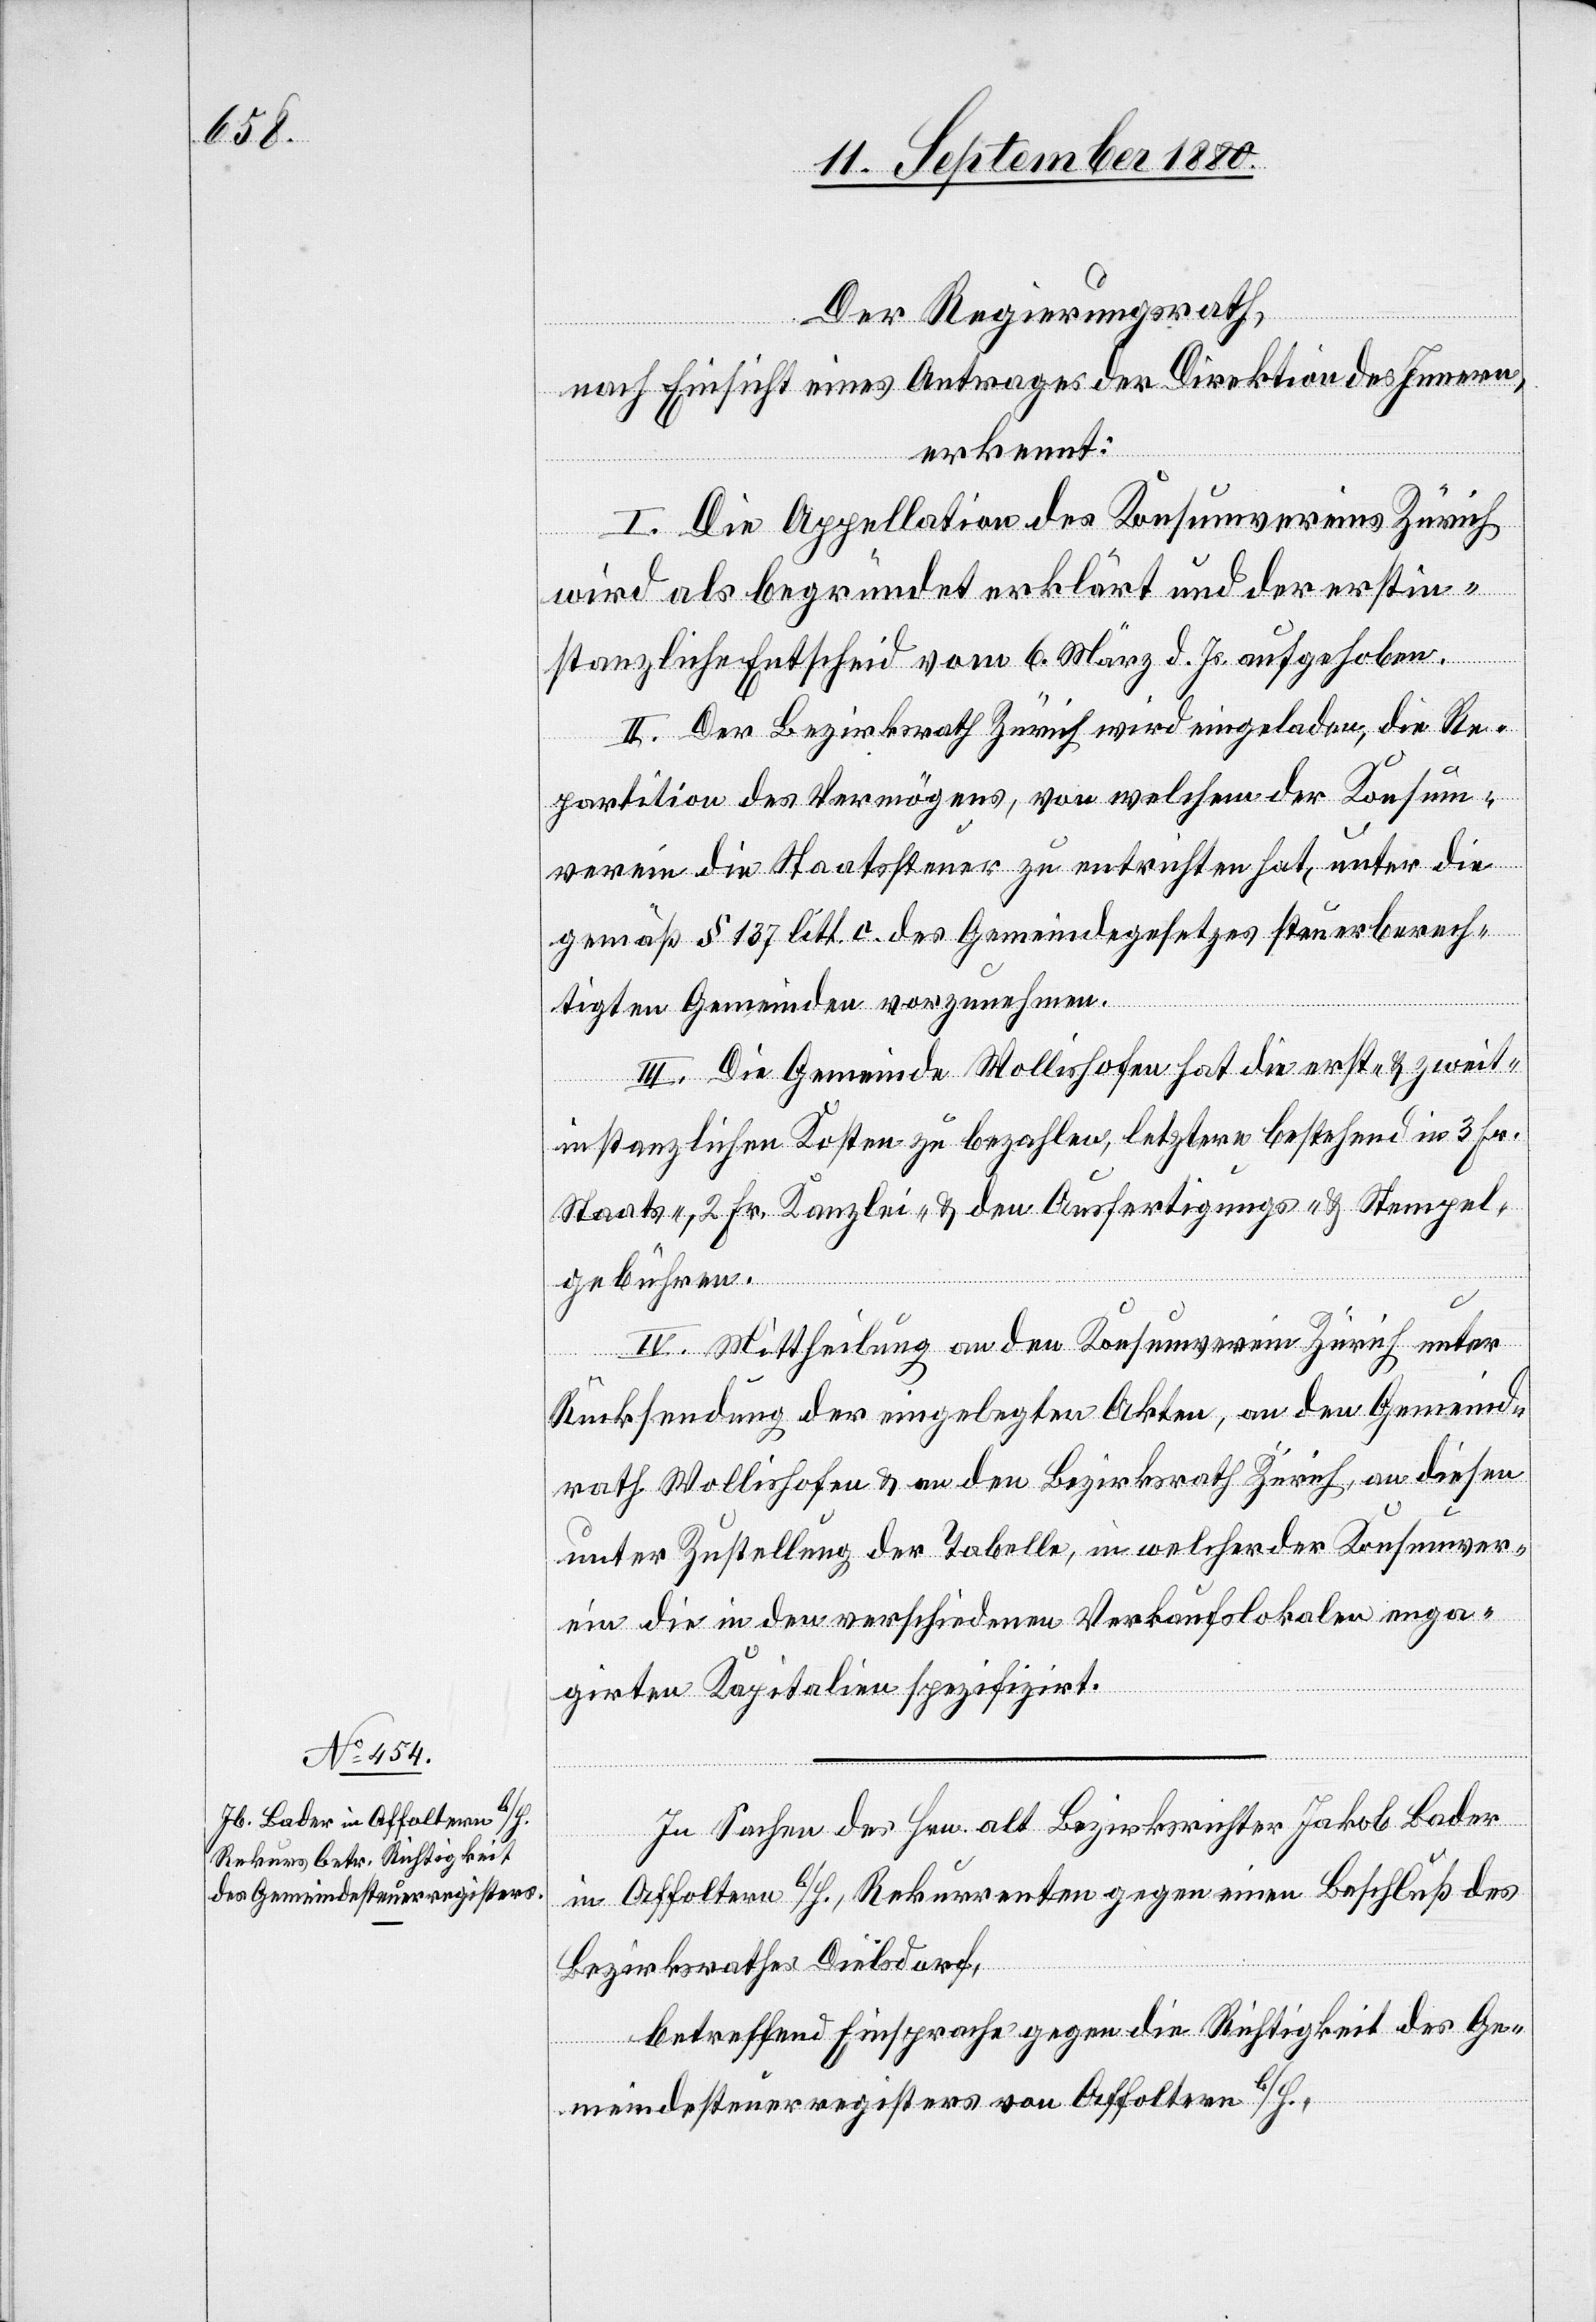
Der Regierungsrath,
nach Einsicht eines Antrages der Direktion des Innern,
erkennt:
I. Die Appellation des Konsumvereins Zürich
wird als begründet erklärt und der erstin¬
stanzliche Entscheid vom 6. März d. Js. aufgehoben.
II. Der Bezirksrath Zürich wird eingeladen, die Re¬
partition des Vermögens, von welchem der Konsum¬
verein die Staatssteuer zu entrichten hat, unter die
gemäß § 137 litt. c. des Gemeindegesetzes steuerberech¬
tigten Gemeinden vorzunehmen.
III. Die Gemeinde Wollishofen hat die erst- & zweit¬
instanzlichen Kosten zu bezahlen, letztere bestehend in 3 Fr.
Staats-, 2 Fr. Kanzlei- & den Ausfertigungs- & Stempel¬
gebühren.
IV. Mittheilung an den Konsumverein Zürich unter
Rücksendung der eingelegten Akten, an den Gemeind¬
rath Wollishofen & an den Bezirksrath Zürich, an diesen
unter Zustellung der Tabelle, in welcher der Konsumver¬
ein die in den verschiedenen Verkaufslokalen enga¬
girten Kapitalien spezifizirt.
In Sachen des Hrn. alt Bezirksrichter Jakob Bader
in Affoltern b./H., Rekurrenten gegen einen Beschluß des
Bezirksrathes Dielsdorf,
betreffend Einsprache gegen die Richtigkeit des Ge¬
meindesteuerregisters von Affoltern b./H.,